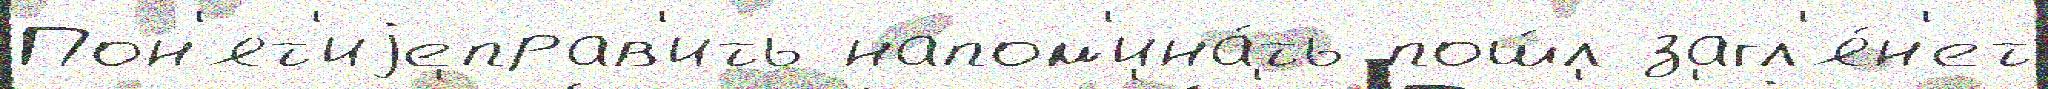
Пон'ят'иjеправ'ить напом'ина́ть пош́л загл'я́н'ет